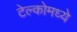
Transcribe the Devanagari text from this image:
टेल्कोमध्ये